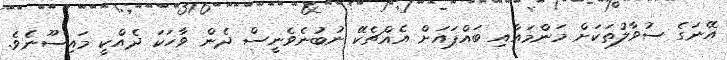
އޭނަގެ ސުވާލުތަކަށް މަންމައާއި ބައްޕައަށް އެއްޗެކޭ ނުބުނެވެނީސް ދެން ވާހަކަ ދެއްކީ މައިސޫނެވެ.